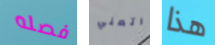
فصله اتعني هذا